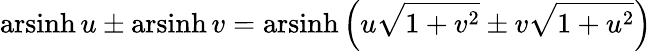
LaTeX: \operatorname{arsinh}u\pm\operatorname{arsinh}v=\operatorname{arsinh}\left(u{\sqrt{1+v^{2}}}\pm v{\sqrt{1+u^{2}}}\right)